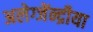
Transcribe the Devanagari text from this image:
अलेग्जेंन्द्रीया